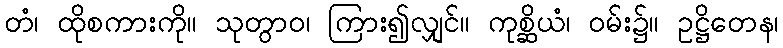
တံ၊ ထိုစကားကို။ သုတွာဝ၊ ကြား၍လျှင်။ ကုစ္ဆိယံ၊ ဝမ်း၌။ ဥဋ္ဌိတေန၊